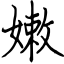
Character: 嫩